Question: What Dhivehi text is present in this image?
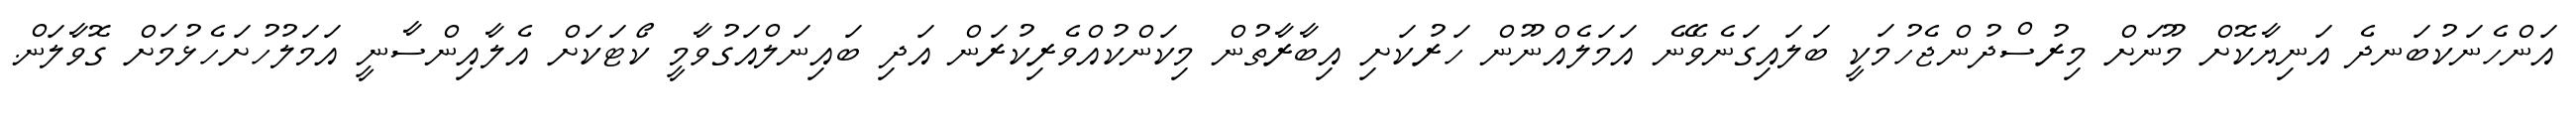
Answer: އަންހެނަކުބަނދެ އަނިޔާކޮށް މޫނަށް މިރުސްދުންޖެހުމަކީ ބަލައިގަނެވޭނެ އަމަލެއްނޫން ހަރުކަށި އިބާރާތުން މިކަންކުއްވެރިކުރަން އަދި ބައިނަލްއަގުވާމީ ކޯޓަކަށް އެލާއިންސާނީ އަމަލުހުށަހެޅުމަށް ގޮވާލަން.